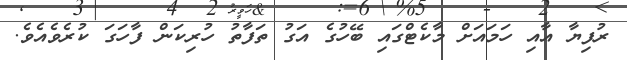
ރުފިޔާ އާއި ހަމައަށް މާކެޓްގައި ބޭހުގެ އަގު ތަފާތު ހުރިކަން ފާހަގަ ކުރެވެއެވެ.